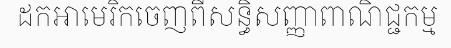
ដកអាមេរិកចេញពីសន្ធិសញ្ញាពាណិជ្ជកម្ម